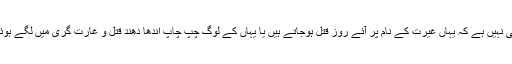
ایسا بھی نہیں ہے کہ یہاں غیرت کے نام پر آئے روز قتل ہوجاتے ہیں یا یہاں کے لوگ چپ چاپ اندھا دھند قتل و غارت گری میں لگے ہوئے ہیں۔